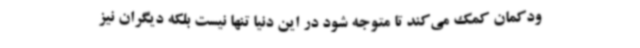
ودکمان کمک می‌کند تا متوجه شود در این دنیا تنها نیست بلکه دیگران نیز